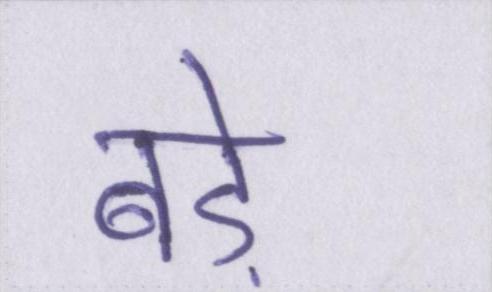
बडे़